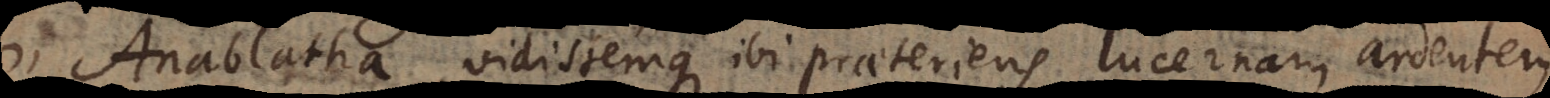
Anablatha, vidissemque ibi praeteriens lucernam ardente